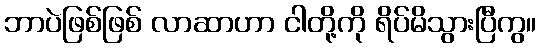
ဘာပဲဖြစ်ဖြစ် လာဆာဟာ ငါတို့ကို ရိပ်မိသွားပြီကွ။